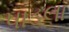
પાડલા